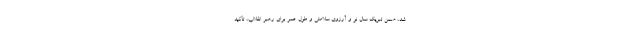
شد، ضمن تبریک سال نو و آرزوی سلامتی و طول عمر برای رهبر انقلاب، تأکید